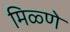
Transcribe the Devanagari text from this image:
मिळ्णे